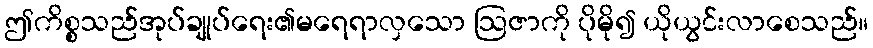
ဤကိစ္စသည်အုပ်ချုပ်ရေး၏မရေရာလှသော ဩဇာကို ပိုမို၍ ယိုယွင်းလာစေသည်။